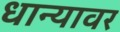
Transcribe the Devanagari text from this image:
धान्यावर